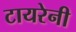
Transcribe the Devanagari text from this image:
टायरेनी